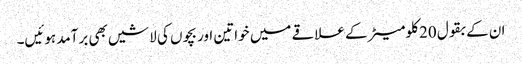
ان کے بقول 20 کلومیٹر کے علاقے میں خواتین اور بچوں کی لاشیں بھی برآمد ہوئیں۔